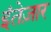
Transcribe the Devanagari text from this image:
इंतेज़ार